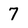
Character: 7